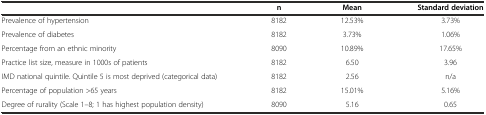
|  | n | Mean | Standard deviation |
 | --- | --- | --- | --- |
 | Prevalence of hypertension | 8182 | 12.53% | 3.73% |
 | Prevalence of diabetes | 8182 | 3.73% | 1.06% |
 | Percentage from an ethnic minority | 8090 | 10.89% | 17.65% |
 | Practice list size, measure in 1000s of patients | 8182 | 6.50 | 3.96 |
 | IMD national quintile. Quintile 5 is most deprived (categorical data) | 8182 | 2.56 | n/a |
 | Percentage of population >65 years | 8182 | 15.01% | 5.16% |
 | Degree of rurality (Scale 1–8; 1 has highest population density) | 8090 | 5.16 | 0.65 |